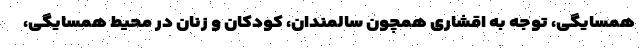
همسایگی، توجه به اقشاری همچون سالمندان، کودکان و زنان در محیط همسایگی،